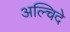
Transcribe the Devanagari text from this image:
अल्चिदे